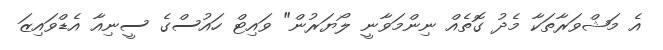
އެ މަޝްވަރާތަކާ މެދު ގޮތެއް ނިންމަވާނީ ލޯޔަރުން" ވައިޓް ހައުސްގެ ސީނިއާ އެޑްވައިޒަ